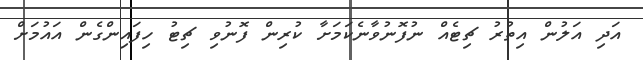
އަދި އަލުން އިތުރު ޗިޓެއް ނުފޮނުވާނެކަމަށާ ކުރިން ފޮނުވި ޗިޓު ހިފައިންގެން އައުމަށް